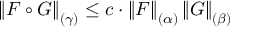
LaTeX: \left\| F \circ G \right\| _ { ( \gamma ) } \leq c \cdot \left\| F \right\| _ { ( \alpha ) } \left\| G \right\| _ { ( \beta ) }